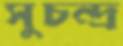
সুচন্দ্র